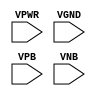
module sky130_fd_sc_hdll__tap (
    VPWR,
    VGND,
    VPB ,
    VNB
);

    // Module ports
    input VPWR;
    input VGND;
    input VPB ;
    input VNB ;
     // No contents.
endmodule